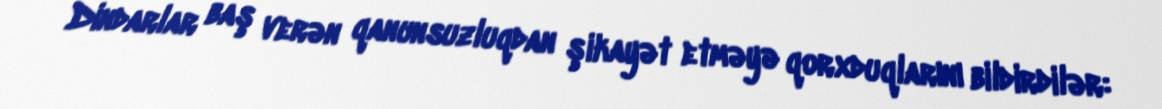
Dindarlar baş verən qanunsuzluqdan şikayət etməyə qorxduqlarını bildirdilər: